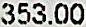
353.00